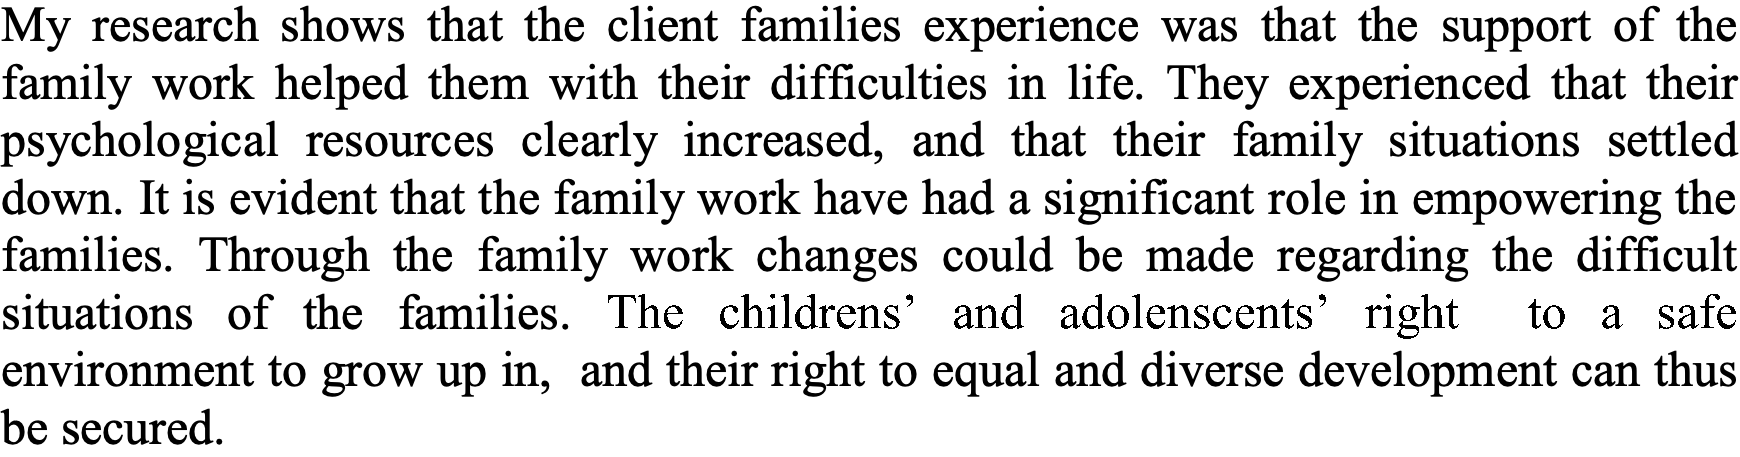
My research shows that the client families experience was that the support of the family work helped them with their difficulties in life. They experienced that their psychological resources clearly increased, and that their family situations settled down. It is evident that the family work have had a significant role in empowering the families. Through the family work changes could be made regarding the difficult situations of the families. The childrens’ and adolenscents’ right to a safe environment to grow up in, and their right to equal and diverse development can thus be secured.